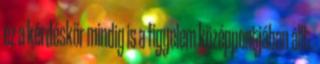
ez a kérdéskör mindig is a figyelem középpontjában állt.